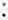
: